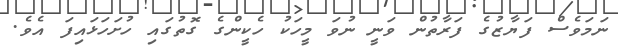
ނަމަވެސް ފަޔާޒުގެ ފަރާތުން ވަނީ ނުވަ މީހަކު ހެކީންގެ ގޮތުގައި ހުށަހަޅައިފަ އެވެ.